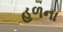
હળના